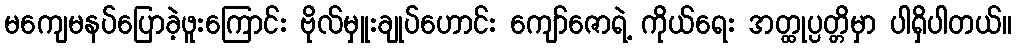
မကျေမနပ်ပြောခဲ့ဖူးကြောင်း ဗိုလ်မှူးချုပ်ဟောင်း ကျော်ဇောရဲ့ ကိုယ်ရေး အတ္ထုပ္ပတ္တိမှာ ပါရှိပါတယ်။